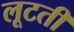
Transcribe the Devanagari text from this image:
लूटतीं